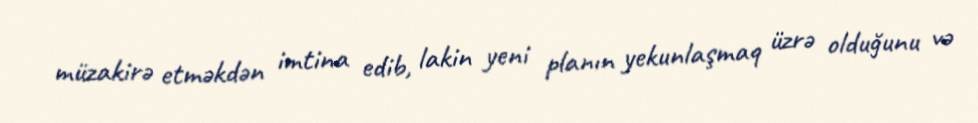
müzakirə etməkdən imtina edib, lakin yeni planın yekunlaşmaq üzrə olduğunu və